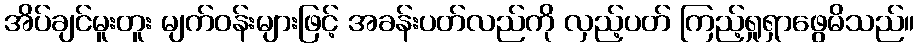
အိပ်ချင်မူးတူး မျက်ဝန်းများဖြင့် အခန်းပတ်လည်ကို လှည့်ပတ် ကြည့်ရှုရှာဖွေမိသည်။